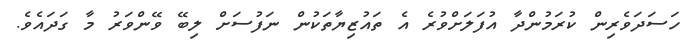
ހަސަދަވެރިން ކުރަމުންދާ އުފަލަށްވުރެ އެ ތައުޒިޔާތަކުން ނަފުސަށް ލިބޭ ވޭންވަރު މާ ގަދައެވެ.